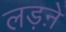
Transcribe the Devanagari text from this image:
लड़ऩे